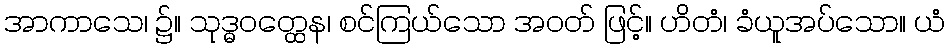
အာကာသေ၊ ၌။ သုဒ္ဓဝတ္ထေန၊ စင်ကြယ်သော အဝတ် ဖြင့်။ ဟိတံ၊ ခံယူအပ်သော။ ယံ